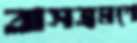
বাসভ্রমণে